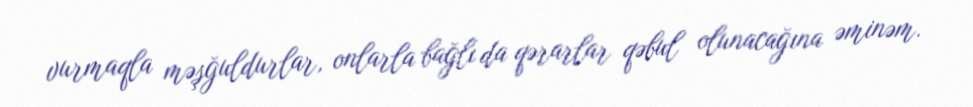
vurmaqla məşğuldurlar, onlarla bağlı da qərarlar qəbul olunacağına əminəm.